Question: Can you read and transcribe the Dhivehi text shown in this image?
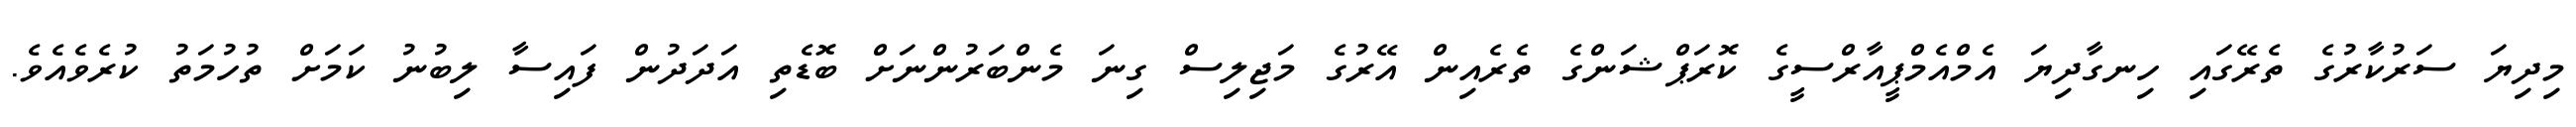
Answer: މިދިޔަ ސަރުކާރުގެ ތެރޭގައި ހިނގާދިޔަ އެމްއެމްޕީއާރްސީގެ ކޮރަޕްޝަންގެ ތެރެއިން އޭރުގެ މަޖިލިސް ގިނަ މެންބަރުންނަށް ބޮޑެތި އަދަދުން ފައިސާ ލިބުނު ކަމަށް ތުހުމަތު ކުރެވެއެވެ.